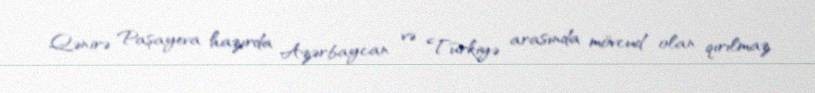
Qənirə Paşayeva hazırda Azərbaycan və Türkiyə arasında mövcud olan qırılmaz